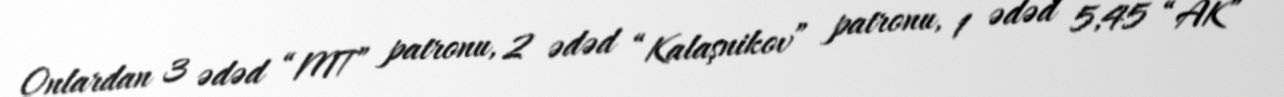
Onlardan 3 ədəd “MT” patronu, 2 ədəd “Kalaşnikov” patronu, 1 ədəd 5,45 “AK”